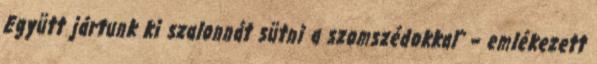
Együtt jártunk ki szalonnát sütni a szomszédokkal” – emlékezett